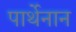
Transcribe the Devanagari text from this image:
पार्थेनान